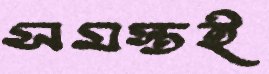
সমস্তই